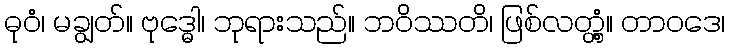
ဓုဝံ၊ မချွတ်။ ဗုဒ္ဓေါ၊ ဘုရားသည်။ ဘဝိဿတိ၊ ဖြစ်လတ္တံ့။ တာဝဒေ၊